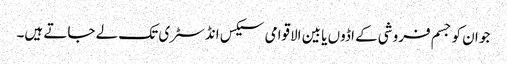
جو ان کو جسم فروشی کے اڈوں یا بین الاقوامی سیکس انڈسٹری تک لے جاتے ہیں۔